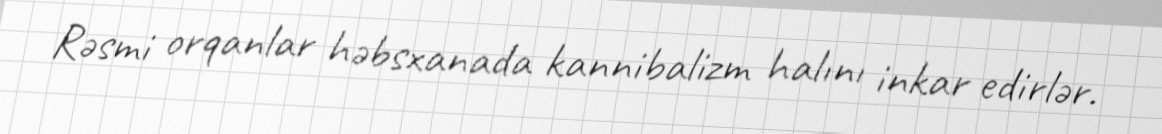
Rəsmi orqanlar həbsxanada kannibalizm halını inkar edirlər.